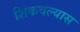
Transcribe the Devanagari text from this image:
शिकवल्यास